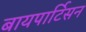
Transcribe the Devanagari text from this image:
बायपार्टिसन